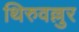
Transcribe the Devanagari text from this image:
थिरुवल्लुर